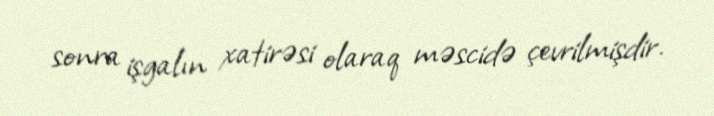
sonra işgalın xatirəsi olaraq məscidə çevrilmişdir.